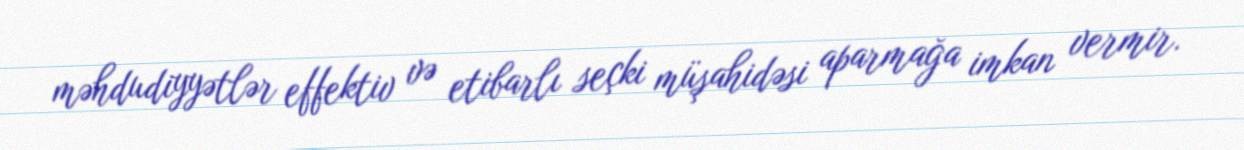
məhdudiyyətlər effektiv və etibarlı seçki müşahidəsi aparmağa imkan vermir.